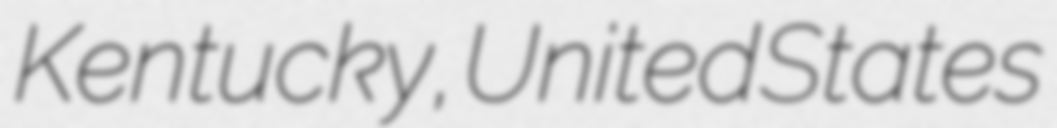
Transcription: Kentucky, United States